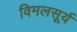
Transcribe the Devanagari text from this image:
विमलसूर्य